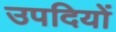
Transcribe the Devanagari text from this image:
उपदियों